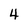
Character: 4